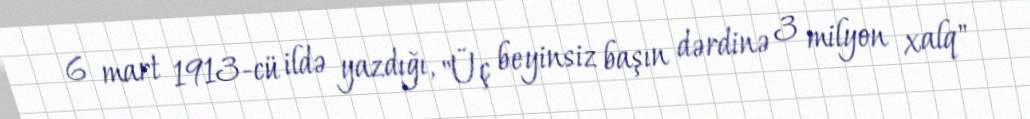
6 mart 1913-cü ildə yazdığı, "Üç beyinsiz başın dərdinə 3 milyon xalq"